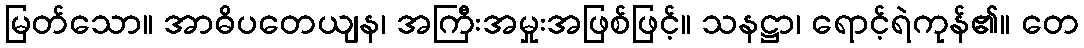
မြတ်သော။ အာဓိပတေယျန၊ အကြီးအမှုးအဖြစ်ဖြင့်။ သနဋ္ဌာ၊ ရောင့်ရဲကုန်၏။ တေ